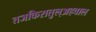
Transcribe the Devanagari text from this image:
तजकिरातुल्अहवाल